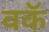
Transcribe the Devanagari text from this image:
वकॅ